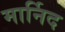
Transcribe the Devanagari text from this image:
मार्निद